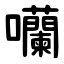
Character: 囒